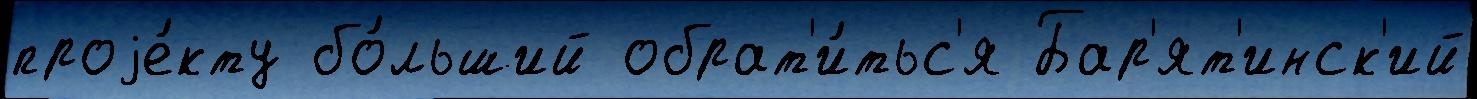
проjе́кту бо́льший обрат'и́тьс'я Бар'ят'инск'ий